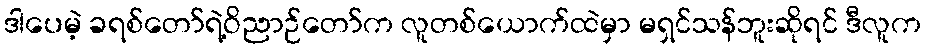
ဒါပေမဲ့ ခရစ်တော်ရဲ့ဝိညာဉ်တော်က လူတစ်ယောက်ထဲမှာ မရှင်သန်ဘူးဆိုရင် ဒီလူက